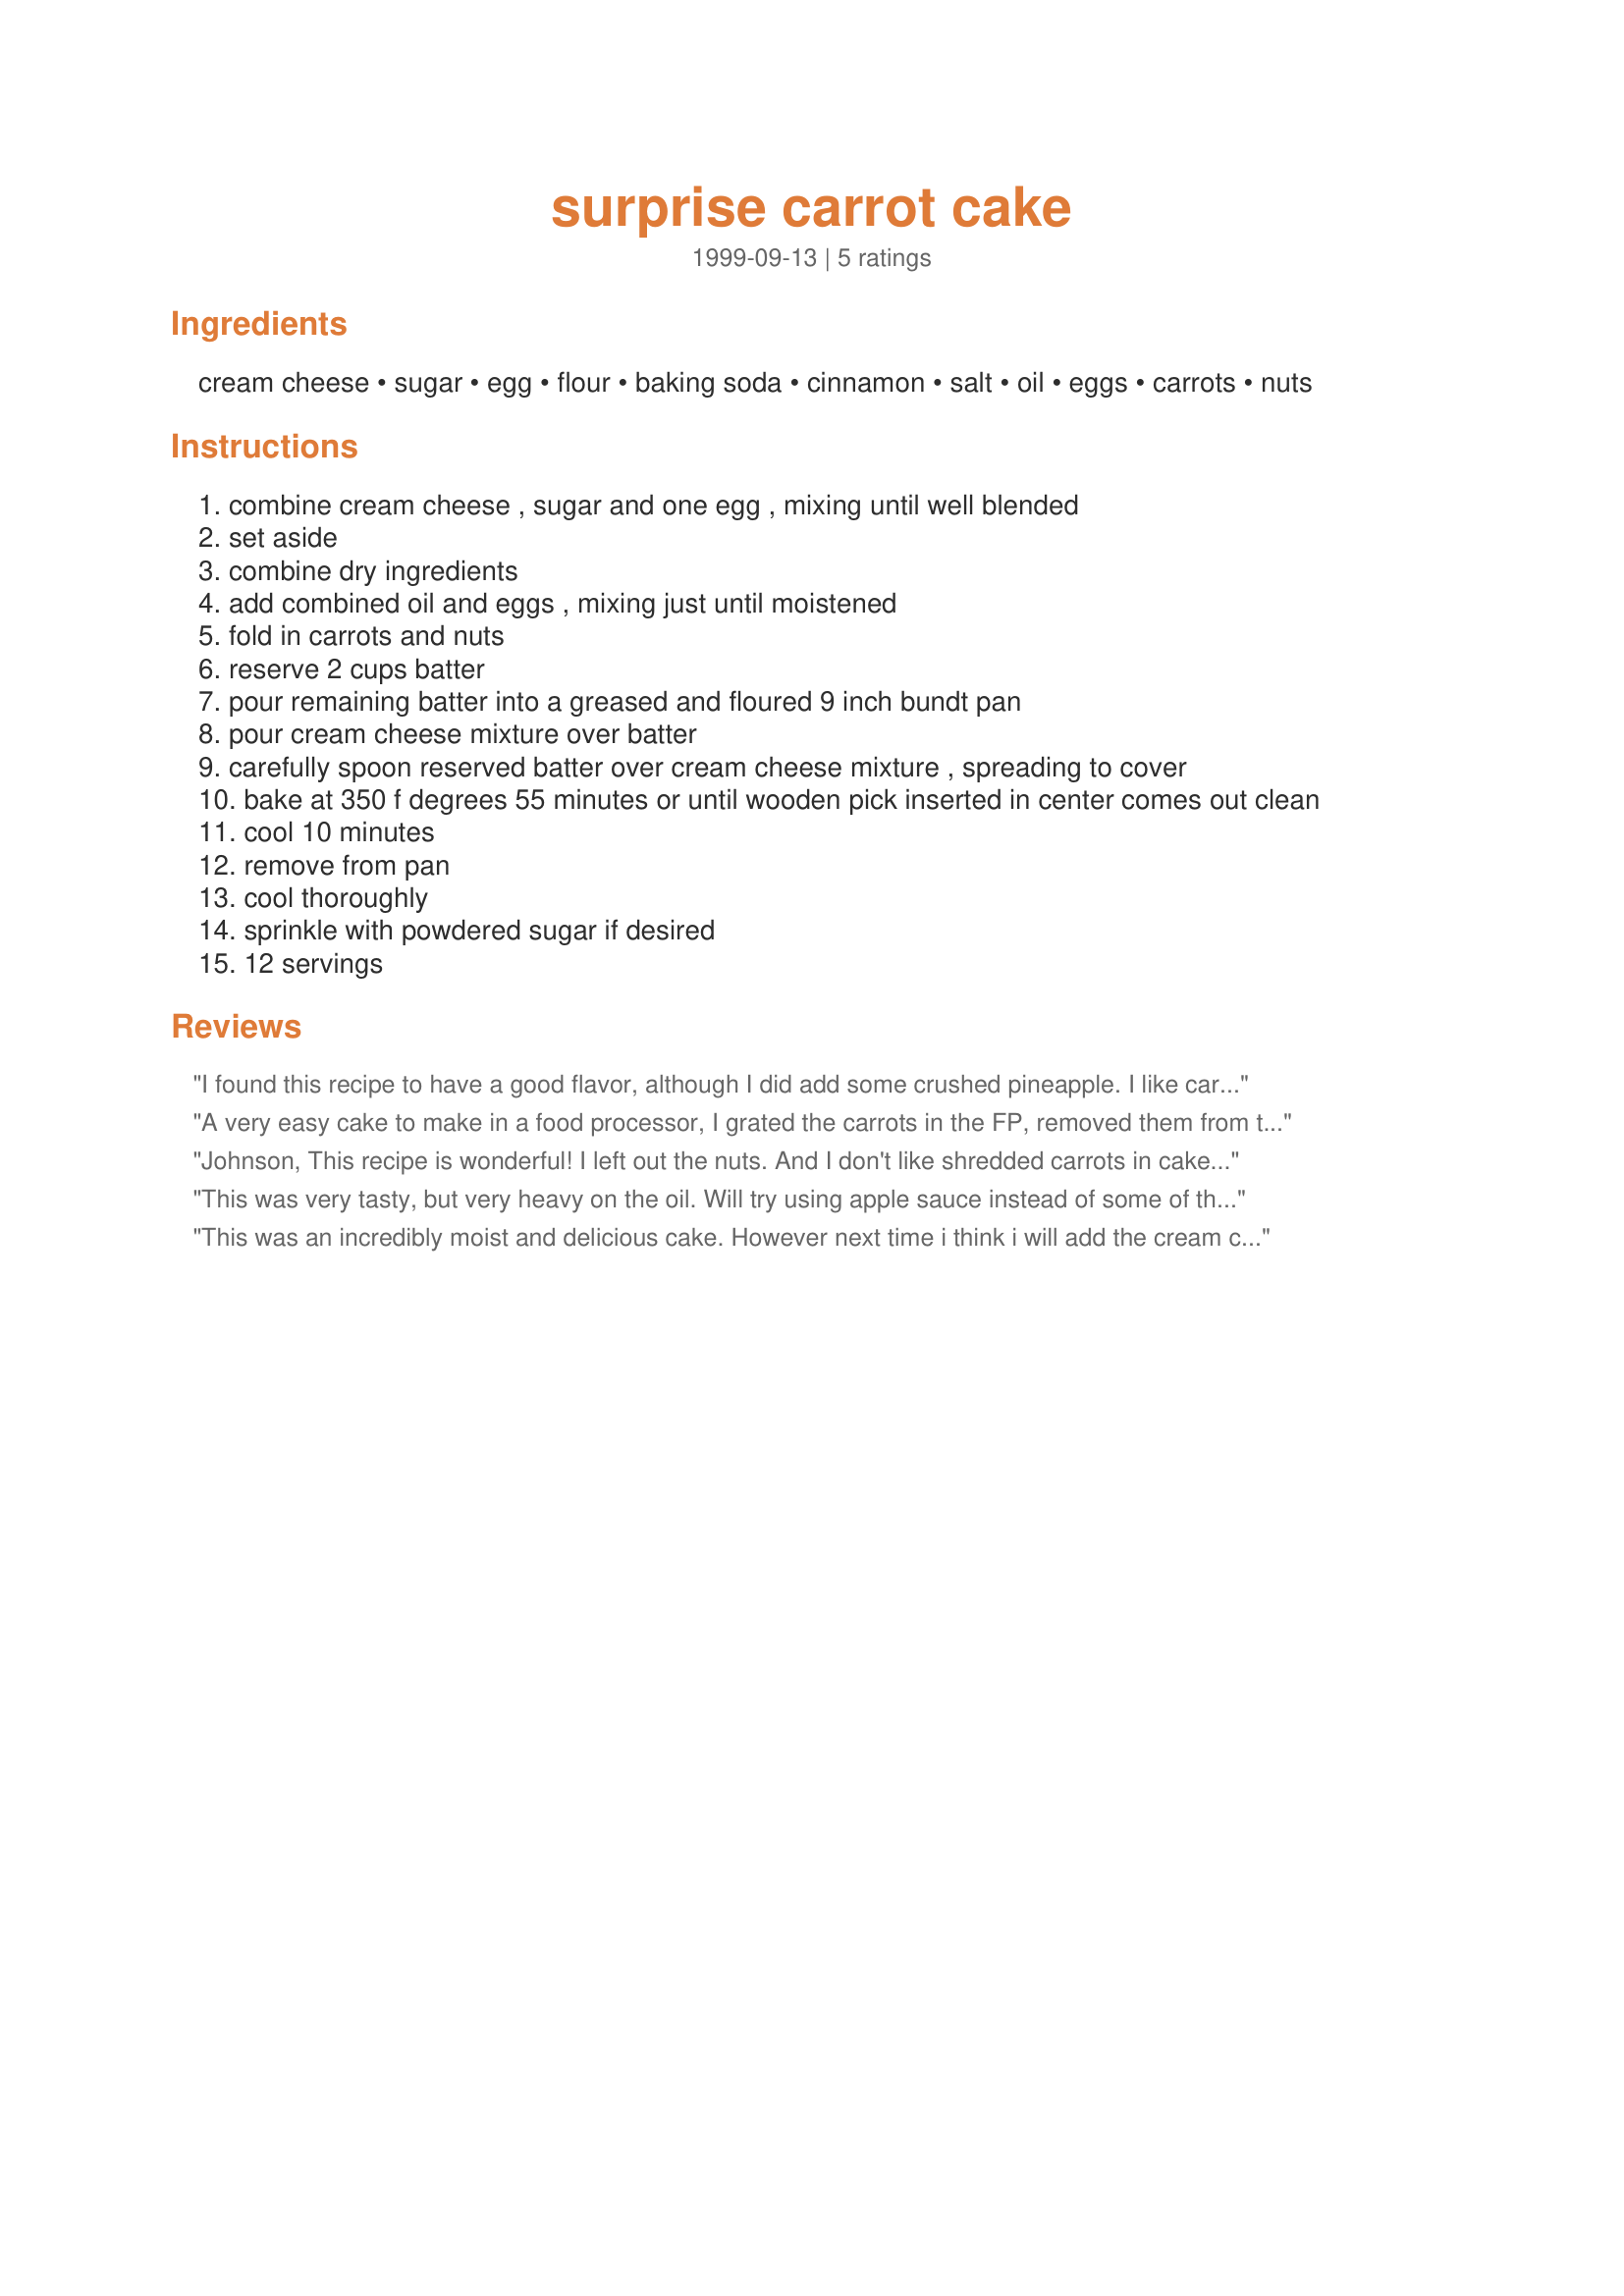
surprise carrot cake
Preparation time: 0 minutes

Ingredients:
cream cheese, sugar, egg, flour, baking soda, cinnamon, salt, oil, eggs, carrots, nuts

Steps:
combine cream cheese , sugar and one egg , mixing until well blended
set aside
combine dry ingredients
add combined oil and eggs , mixing just until moistened
fold in carrots and nuts
reserve 2 cups batter
pour remaining batter into a greased and floured 9 inch bundt pan
pour cream cheese mixture over batter
carefully spoon reserved batter over cream cheese mixture , spreading to cover
bake at 350 f degrees 55 minutes or until wooden pick inserted in center comes out clean
cool 10 minutes
remove from pan
cool thoroughly
sprinkle with powdered sugar if desired
12 servings

Reviews:
I found this recipe to have a good flavor, although I did add some crushed pineapple. I like carrrot cake best which has more of a cake texure. This was very moist almost like sweet bread. I would probably make this again, but place it in bread pans and use it as sweet bread, rather than in a bunt pan.
A very easy cake to make in a food processor, I grated the carrots in the FP, removed them from the bowl, mixed the other ingredients in the FP, added the carrots back, then I actually followed the recipe! This cake presents really well when sprinkled with the icing sugar as suggested.
Johnson, This recipe is wonderful! I left out the nuts. And I don't like shredded carrots in cakes, so I modified the recipe by putting my carrots (cut into small chunks), eggs, and oil into the blender, and whirring it all together until it looks like a 'smoothie', then mixing it into the dry ingredients. This made for a lovely texture in the cake. This recipe is a keeper!
This was very tasty, but very heavy on the oil. Will try using apple sauce instead of some of the oil next time. Did puree the carrots fo lovely results. Loved the cream cheese filling.
This was an incredibly moist and delicious cake. However next time i think i will add the cream cheese icing as well!
